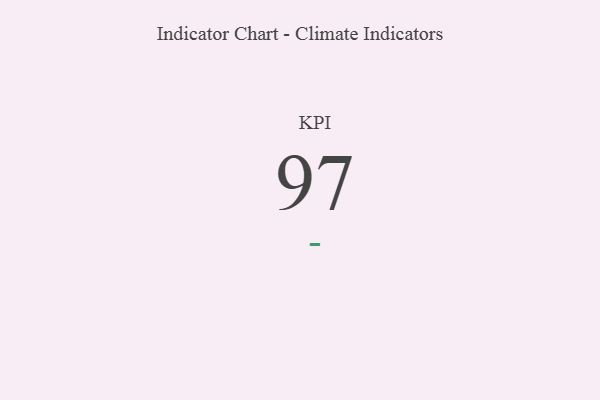
{"axis": {"x": "KPI", "y": "Value"}, "legend": [""], "data": [{"x": "KPI", "y": 97, "type": ""}]}